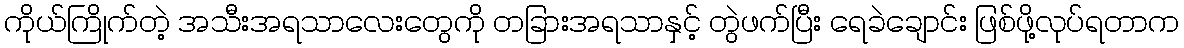
ကိုယ်ကြိုက်တဲ့ အသီးအရသာလေးတွေကို တခြားအရသာနှင့် တွဲဖက်ပြီး ရေခဲချောင်း ဖြစ်ဖို့လုပ်ရတာက